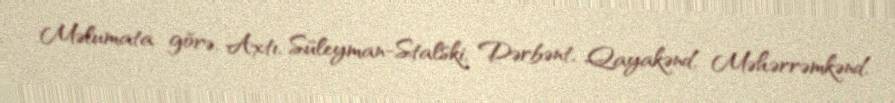
Məlumata görə, Axtı, Süleyman-Stalski, Dərbənt, Qayakənd, Məhərrəmkənd,